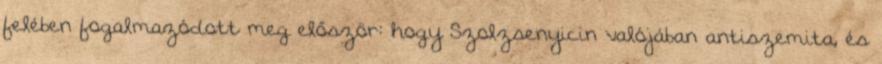
felében fogalmazódott meg először: hogy Szolzsenyicin valójában antiszemita, és